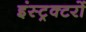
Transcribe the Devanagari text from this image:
इंस्ट्रक्टरों